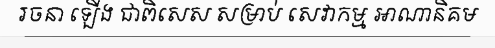
រចនា ឡើង ជាពិសេស សម្រាប់ សេវាកម្ម អាណានិគម